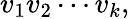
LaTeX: v_{1}v_{2}\cdots v_{k},